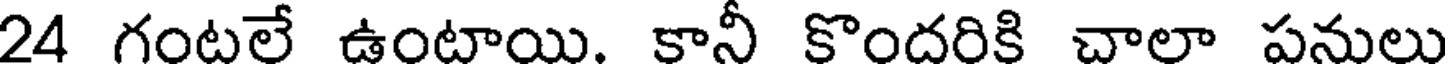
24 గంటలే ఉంటాయి. కానీ కొందరికి చాలా పనులు